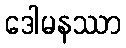
ဒေါမနဿာ